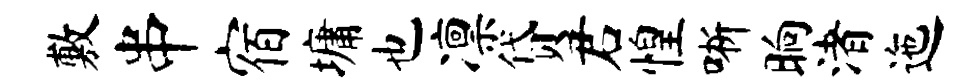
敷串宿墉也凛贷君惶晰晌渚迤